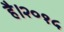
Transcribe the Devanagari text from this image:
है।२०१५